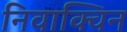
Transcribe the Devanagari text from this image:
निवाक्विन